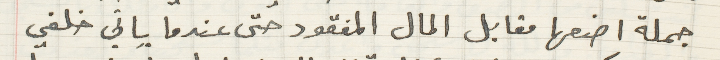
جملة اضعها مقابل المال المفقود حتى عندما ياتي خلفي